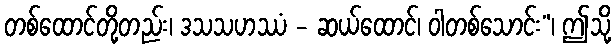
တစ်ထောင်တို့တည်း၊ ဒသသဟဿံ - ဆယ်ထောင်၊ ဝါတစ်သောင်း”၊ ဤသို့